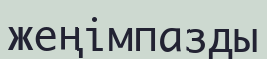
жеңімпазды